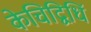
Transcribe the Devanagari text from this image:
केचिद्विधिं